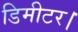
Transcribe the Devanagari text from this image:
डिमीटर।